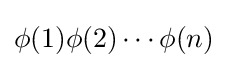
\phi (1)\phi (2)\cdots \phi (n)